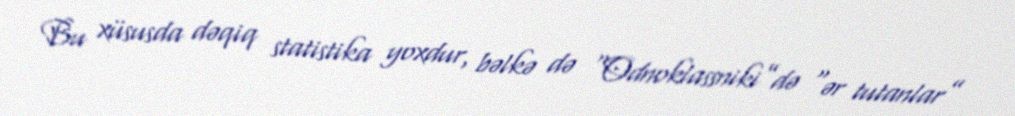
Bu xüsusda dəqiq statistika yoxdur, bəlkə də “Odnoklassniki”də “ər tutanlar”